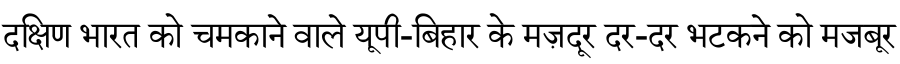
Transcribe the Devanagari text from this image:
दक्षिण भारत को चमकाने वाले यूपी-बिहार के मज़दूर दर-दर भटकने को मजबूर